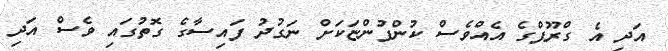
އަދި އެ ގްރޫޕްގެ އެއްވެސް ކުންފުންޏަކަށް ނަގުދު ފައިސާގެ ގޮތުގައި ވެސް އަދި